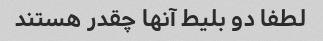
لطفا دو بلیط آنها چقدر هستند